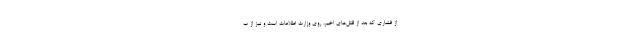
از فشارى كه بعد از قتل‌هاى اخیر، روى وزارت اطلاعات است و نیز از ب